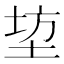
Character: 𮰣